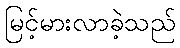
မြင့်မားလာခဲ့သည်